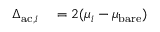
\begin{array} { r l } { \Delta _ { \mathrm { a c } , i } } & { { } = 2 ( \mu _ { i } - \mu _ { \mathrm { b a r e } } ) } \end{array}